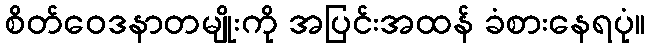
စိတ်ဝေဒနာတမျိုးကို အပြင်းအထန် ခံစားနေရပုံ။